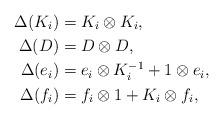
LaTeX: \begin{align*}\Delta(K_i) &= K_i \otimes K_i, \\\Delta(D)&=D\otimes D, \\\Delta(e_i) &= e_i\otimes K_i^{-1} + 1\otimes e_i, \\\Delta(f_i) &= f_i\otimes 1 + K_i \otimes f_i, \\\end{align*}